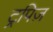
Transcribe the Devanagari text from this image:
ट्रपिज़